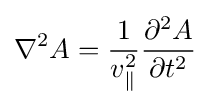
\nabla ^{2}A={\frac {1}{v_{\parallel }^{2}}}{\frac {\partial ^{2}A}{\partial t^{2}}}\,\!